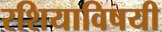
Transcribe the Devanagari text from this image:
रशियाविषयी